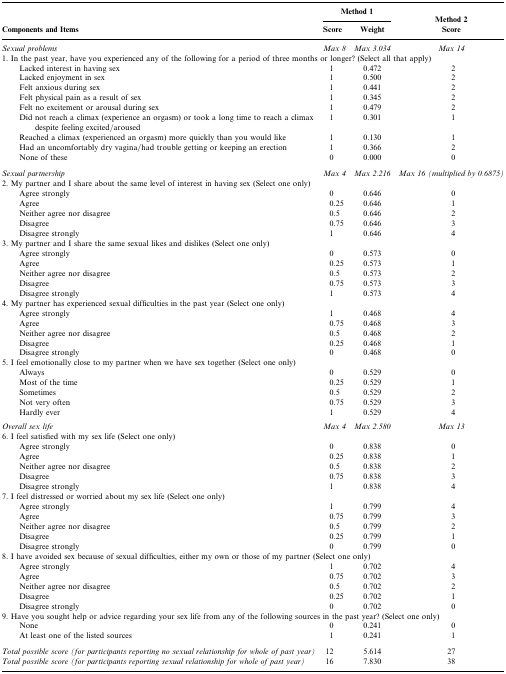
<table><thead><tr><td rowspan="2"><b>Components and Items</b></td><td colspan="2"><b>Method 1</b></td><td><b>Method 2</b></td></tr><tr><td><b>Score</b></td><td><b>Weight</b></td><td><b>Score</b></td></tr></thead><tbody><tr><td><i>Sexual problems</i></td><td><i>Max 8</i></td><td><i>Max 3.034</i></td><td><i>Max 14</i></td></tr><tr><td colspan="4">1. In the past year, have you experienced any of the following for a period of three months or longer? (Select all that apply)</td></tr><tr><td>Lacked interest in having sex</td><td>1</td><td>0.472</td><td>2</td></tr><tr><td>Lacked enjoyment in sex</td><td>1</td><td>0.500</td><td>2</td></tr><tr><td>Felt anxious during sex</td><td>1</td><td>0.441</td><td>2</td></tr><tr><td>Felt physical pain as a result of sex</td><td>1</td><td>0.345</td><td>2</td></tr><tr><td>Felt no excitement or arousal during sex</td><td>1</td><td>0.479</td><td>2</td></tr><tr><td>Did not reach a climax (experience an orgasm) or took a long time to reach a climax despite feeling excited/aroused</td><td>1</td><td>0.301</td><td>1</td></tr><tr><td>Reached a climax (experienced an orgasm) more quickly than you would like</td><td>1</td><td>0.130</td><td>1</td></tr><tr><td>Had an uncomfortably dry vagina/had trouble getting or keeping an erection</td><td>1</td><td>0.366</td><td>2</td></tr><tr><td>None of these</td><td>0</td><td>0.000</td><td>0</td></tr><tr><td><i>Sexual partnership</i></td><td><i>Max 4</i></td><td><i>Max 2.216</i></td><td><i>Max 16 (multiplied by 0.6875)</i></td></tr><tr><td>2. My partner and I share about the same level of interest in having sex (Select one only)</td><td> </td><td> </td><td> </td></tr><tr><td>Agree strongly</td><td>0</td><td>0.646</td><td>0</td></tr><tr><td>Agree</td><td>0.25</td><td>0.646</td><td>1</td></tr><tr><td>Neither agree nor disagree</td><td>0.5</td><td>0.646</td><td>2</td></tr><tr><td>Disagree</td><td>0.75</td><td>0.646</td><td>3</td></tr><tr><td>Disagree strongly</td><td>1</td><td>0.646</td><td>4</td></tr><tr><td>3. My partner and I share the same sexual likes and dislikes (Select one only)</td><td> </td><td> </td><td> </td></tr><tr><td>Agree strongly</td><td>0</td><td>0.573</td><td>0</td></tr><tr><td>Agree</td><td>0.25</td><td>0.573</td><td>1</td></tr><tr><td>Neither agree nor disagree</td><td>0.5</td><td>0.573</td><td>2</td></tr><tr><td>Disagree</td><td>0.75</td><td>0.573</td><td>3</td></tr><tr><td>Disagree strongly</td><td>1</td><td>0.573</td><td>4</td></tr><tr><td>4. My partner has experienced sexual difficulties in the past year (Select one only)</td><td> </td><td> </td><td> </td></tr><tr><td>Agree strongly</td><td>1</td><td>0.468</td><td>4</td></tr><tr><td>Agree</td><td>0.75</td><td>0.468</td><td>3</td></tr><tr><td>Neither agree nor disagree</td><td>0.5</td><td>0.468</td><td>2</td></tr><tr><td>Disagree</td><td>0.25</td><td>0.468</td><td>1</td></tr><tr><td>Disagree strongly</td><td>0</td><td>0.468</td><td>0</td></tr><tr><td>5. I feel emotionally close to my partner when we have sex together (Select one only)</td><td> </td><td> </td><td> </td></tr><tr><td>Always</td><td>0</td><td>0.529</td><td>0</td></tr><tr><td>Most of the time</td><td>0.25</td><td>0.529</td><td>1</td></tr><tr><td>Sometimes</td><td>0.5</td><td>0.529</td><td>2</td></tr><tr><td>Not very often</td><td>0.75</td><td>0.529</td><td>3</td></tr><tr><td>Hardly ever</td><td>1</td><td>0.529</td><td>4</td></tr><tr><td><i>Overall sex life</i></td><td><i>Max 4</i></td><td><i>Max 2.580</i></td><td><i>Max 13</i></td></tr><tr><td>6. I feel satisfied with my sex life (Select one only)</td><td> </td><td> </td><td> </td></tr><tr><td>Agree strongly</td><td>0</td><td>0.838</td><td>0</td></tr><tr><td>Agree</td><td>0.25</td><td>0.838</td><td>1</td></tr><tr><td>Neither agree nor disagree</td><td>0.5</td><td>0.838</td><td>2</td></tr><tr><td>Disagree</td><td>0.75</td><td>0.838</td><td>3</td></tr><tr><td>Disagree strongly</td><td>1</td><td>0.838</td><td>4</td></tr><tr><td>7. I feel distressed or worried about my sex life (Select one only)</td><td> </td><td> </td><td> </td></tr><tr><td>Agree strongly</td><td>1</td><td>0.799</td><td>4</td></tr><tr><td>Agree</td><td>0.75</td><td>0.799</td><td>3</td></tr><tr><td>Neither agree nor disagree</td><td>0.5</td><td>0.799</td><td>2</td></tr><tr><td>Disagree</td><td>0.25</td><td>0.799</td><td>1</td></tr><tr><td>Disagree strongly</td><td>0</td><td>0.799</td><td>0</td></tr><tr><td colspan="4">8. I have avoided sex because of sexual difficulties, either my own or those of my partner (Select one only)</td></tr><tr><td>Agree strongly</td><td>1</td><td>0.702</td><td>4</td></tr><tr><td>Agree</td><td>0.75</td><td>0.702</td><td>3</td></tr><tr><td>Neither agree nor disagree</td><td>0.5</td><td>0.702</td><td>2</td></tr><tr><td>Disagree</td><td>0.25</td><td>0.702</td><td>1</td></tr><tr><td>Disagree strongly</td><td>0</td><td>0.702</td><td>0</td></tr><tr><td colspan="4">9. Have you sought help or advice regarding your sex life from any of the following sources in the past year? (Select one only)</td></tr><tr><td>None</td><td>0</td><td>0.241</td><td>0</td></tr><tr><td>At least one of the listed sources</td><td>1</td><td>0.241</td><td>1</td></tr><tr><td><i>Total possible score (for participants reporting no sexual relationship for whole of past year)</i></td><td>12</td><td>5.614</td><td>27</td></tr><tr><td><i>Total possible score (for participants reporting sexual relationship for whole of past year)</i></td><td>16</td><td>7.830</td><td>38</td></tr></tbody></table>